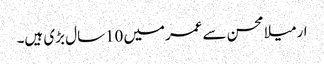
ارمیلا محسن سے عمرمیں 10سال بڑی ہیں۔